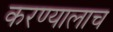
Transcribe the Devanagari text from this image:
करण्यालाच